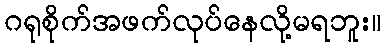
ဂရုစိုက်အဖက်လုပ်နေလို့မရဘူး။